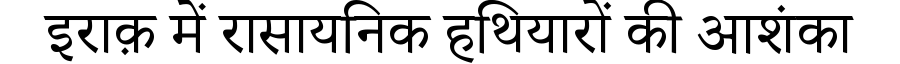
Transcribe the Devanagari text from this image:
इराक़ में रासायनिक हथियारों की आशंका